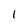
Character: l